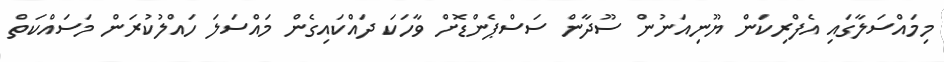
މިމައްސަލާގައި އެފްރިކަން ޔޫނިއަނުން ސޫދާން ސަސްޕެންޑޮށް ވާހަކަ ދައްކައިގެން މައްސަލަ ހައްލުކުރަން މަސައްކަތް